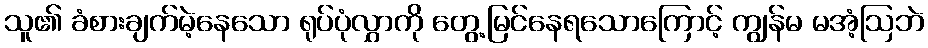
သူ၏ ခံစားချက်မဲ့နေသော ရုပ်ပုံလွှာကို တွေ့မြင်နေရသောကြောင့် ကျွန်မ မအံ့ဩဘဲ